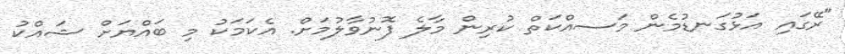
"ރޭގައި އަޅުގަނޑުމެން މަސއްކަތް ކުރިން މާލެ ފޮނުވާލުމަށް. އެކަމަކު މި ބައްޔަށް ޝައްކު